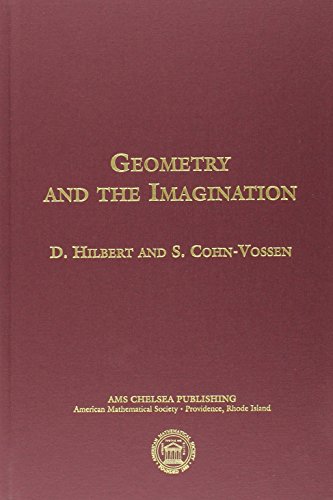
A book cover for Geometry and the Imagination (AMS Chelsea Publishing); David Hilbert; Science & Math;